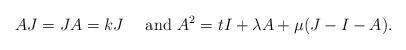
\begin{align*} AJ=JA=kJ\quad\textrm{ and }A^2=tI+\lambda A+\mu(J-I-A). \end{align*}